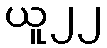
ယူ၂၂